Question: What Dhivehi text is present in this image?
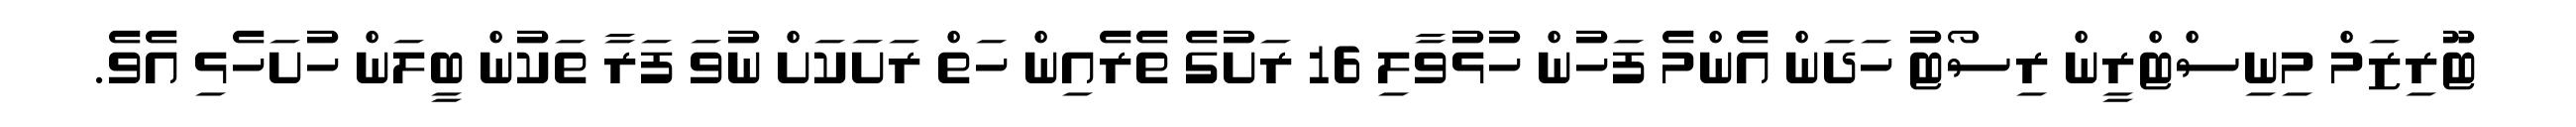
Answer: ޓޫރިޒަމް މިނިސްޓްރީން ރިސޯޓު ހަދަން އެންމެ ފަހުން ހުޅުވާލި 16 ރަށުގެ ތެރެއިން ހަތް ރަށަކަށް ނުވަ ފަރާ ތަކުން ބީލަން ހުށަހެޅި އެވެ.